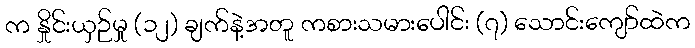
က နှိုင်းယှဉ်မှု (၁၂) ချက်နဲ့အတူ ကစားသမားပေါင်း (၇) သောင်းကျော်ထဲက